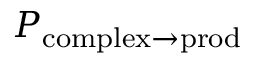
P _ { \mathrm { c o m p l e x } \to \mathrm { p r o d } }